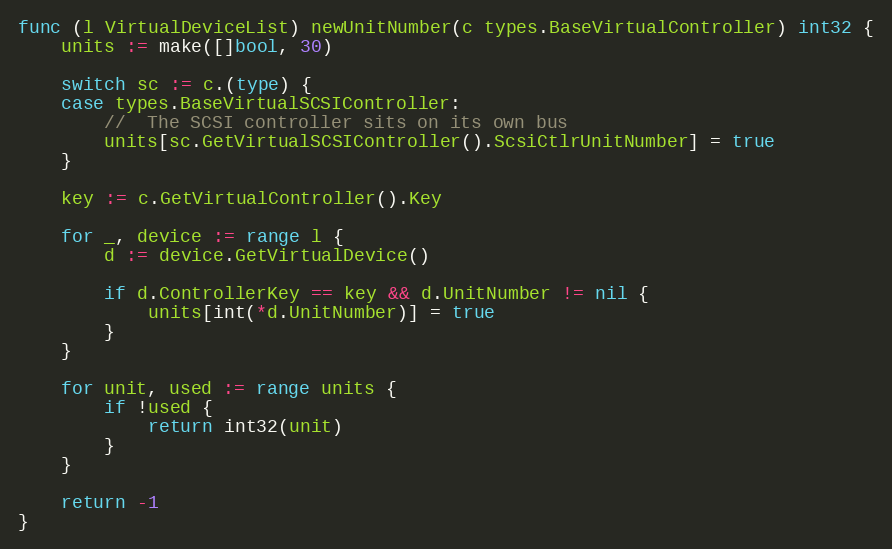
Language: Go
func (l VirtualDeviceList) newUnitNumber(c types.BaseVirtualController) int32 {
	units := make([]bool, 30)

	switch sc := c.(type) {
	case types.BaseVirtualSCSIController:
		//  The SCSI controller sits on its own bus
		units[sc.GetVirtualSCSIController().ScsiCtlrUnitNumber] = true
	}

	key := c.GetVirtualController().Key

	for _, device := range l {
		d := device.GetVirtualDevice()

		if d.ControllerKey == key && d.UnitNumber != nil {
			units[int(*d.UnitNumber)] = true
		}
	}

	for unit, used := range units {
		if !used {
			return int32(unit)
		}
	}

	return -1
}